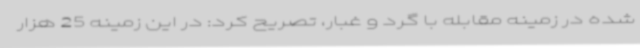
شده در زمینه مقابله با گرد و غبار، تصریح کرد: در این زمینه 25 هزار